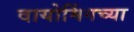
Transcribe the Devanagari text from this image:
वायोमिंगच्या